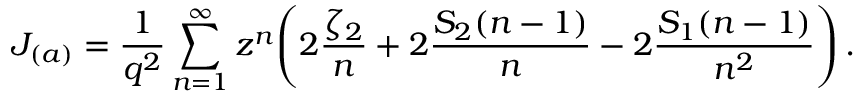
J _ { ( a ) } = \frac { 1 } { q ^ { 2 } } \sum _ { n = 1 } ^ { \infty } z ^ { n } \Biggl ( 2 \frac { \zeta _ { 2 } } { n } + 2 \frac { S _ { 2 } ( n - 1 ) } { n } - 2 \frac { S _ { 1 } ( n - 1 ) } { n ^ { 2 } } \Biggr ) \, .